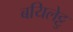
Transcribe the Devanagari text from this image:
बयिलेट्टु